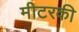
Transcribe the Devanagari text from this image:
मीटरकी